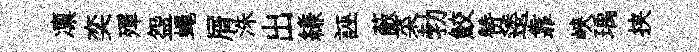
凛奕殫盌蠅屑洙出縑誣蔽菜勃鮫赞逶靠峽瑀挟